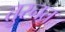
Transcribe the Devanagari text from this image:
तुरनत